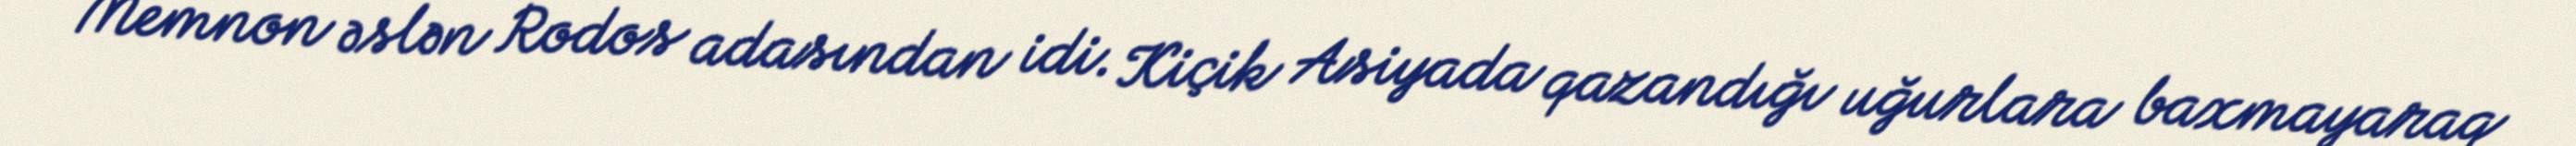
Memnon əslən Rodos adasından idi. Kiçik Asiyada qazandığı uğurlara baxmayaraq